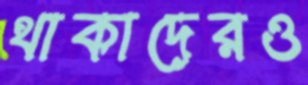
থাকাদেরও